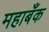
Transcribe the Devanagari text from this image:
महाबँक